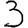
Digit: 3